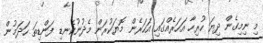
މި ނިމިގެން ދިޔަ ހުރިހާ އަހަރެއްގައި އަހަރެން މޮޔަކުރަން މެދުނުކެނޑި ފަންޑިތަ ހަދަމުން